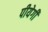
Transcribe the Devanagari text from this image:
पीयेगी